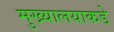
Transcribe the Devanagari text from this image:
मुख्यालयाकडे